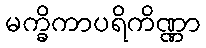
မက္ခိကာပရိကိဏ္ဏာ